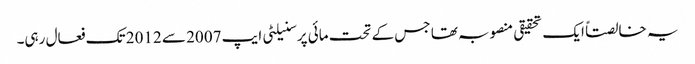
یہ خالصتاً ایک تحقیقی منصوبہ تھا جس کے تحت مائی پرسنیلٹی ایپ 2007 سے 2012 تک فعال رہی۔